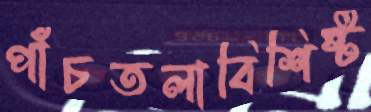
পাঁচতলাবিশিষ্ট